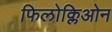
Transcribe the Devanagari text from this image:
फिलोक्लिओन